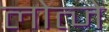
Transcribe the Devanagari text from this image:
लोत्जे